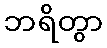
ဘရိတွာ